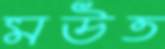
মউত